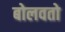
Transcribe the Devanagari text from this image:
बोलवतो